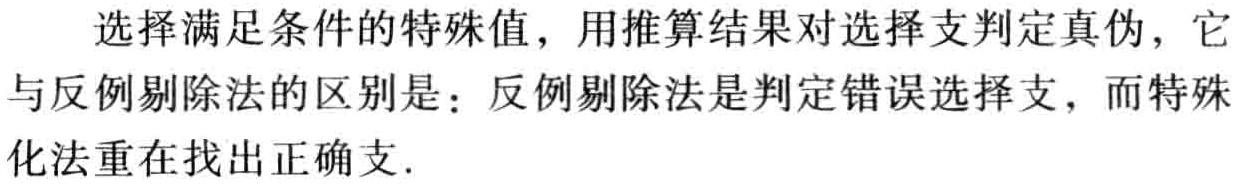
选择满足条件的特殊值，用推算结果对选择支判定真伪，它与反例剔除法的区别是：反例剔除法是判定错误选择支，而特殊化法重在找出正确支.